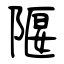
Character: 隁